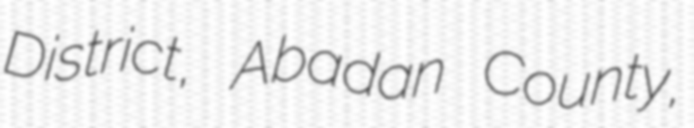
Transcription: District, Abadan County,